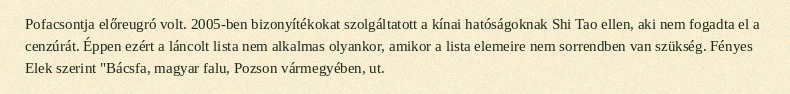
Pofacsontja előreugró volt. 2005-ben bizonyítékokat szolgáltatott a kínai hatóságoknak Shi Tao ellen, aki nem fogadta el a cenzúrát. Éppen ezért a láncolt lista nem alkalmas olyankor, amikor a lista elemeire nem sorrendben van szükség. Fényes Elek szerint "Bácsfa, magyar falu, Pozson vármegyében, ut.